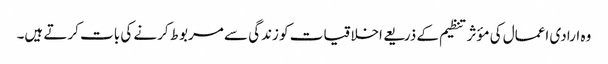
وہ ارادی اعمال کی مؤثر تنظیم کے ذریعے اخلاقیات کو زندگی سے مربوط کرنے کی بات کرتے ہیں۔